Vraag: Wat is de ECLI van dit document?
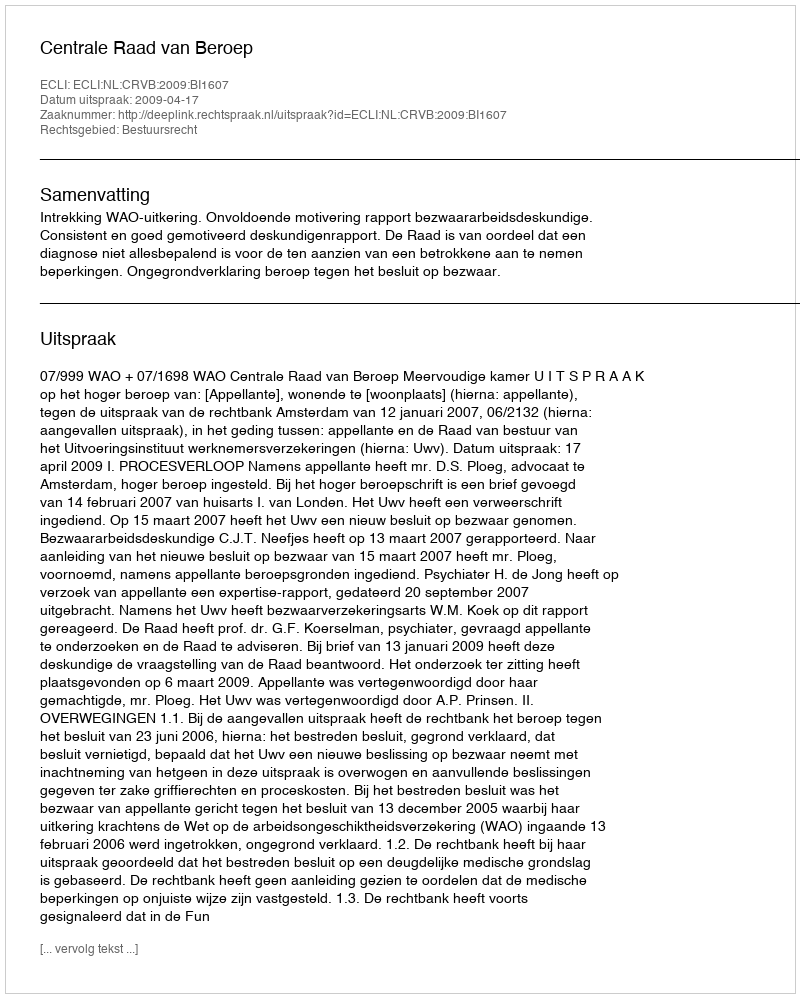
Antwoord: ECLI:NL:CRVB:2009:BI1607